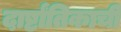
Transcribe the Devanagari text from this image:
दार्ष्टांतिकाची